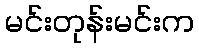
မင်းတုန်းမင်းက